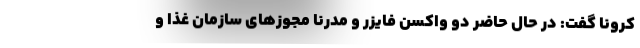
کرونا گفت: در حال حاضر دو واکسن فایزر و مدرنا مجوزهای سازمان غذا و